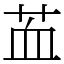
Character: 䒸